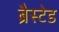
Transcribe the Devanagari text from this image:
ब्रैस्टेड